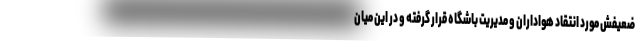
ضعیفش مورد انتقاد هواداران و مدیریت باشگاه قرار گرفته و در این میان